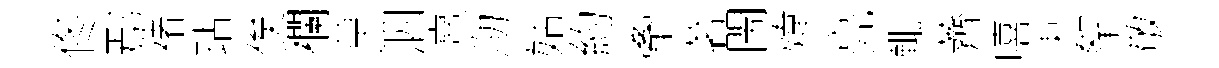
佟鄢禇玷俟襴草泗熹泐姑約牽茗閙煒亮輒薺嘻朿挐敬